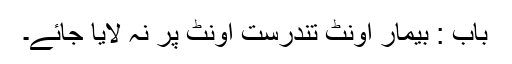
باب : بیمار اونٹ تندرست اونٹ پر نہ لایا جائے۔